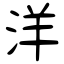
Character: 洋